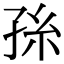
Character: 𭓂